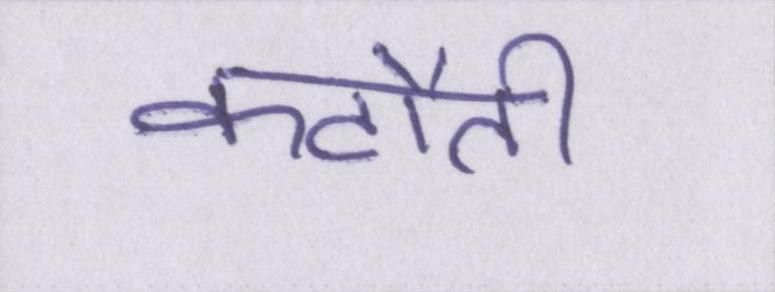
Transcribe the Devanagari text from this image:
कटौती